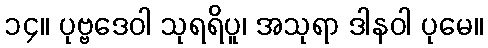
၁၄။ ပုဗ္ဗဒေဝါ သုရရိပူ၊ အသုရာ ဒါနဝါ ပုမေ။